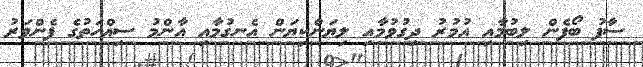
ސާފު ބޯފެން ލިބުމާއި އުމުރު ދިގުވުމާއި ލިޔަންކިޔަން އެނގުމާއި އާންމު ސިއްހަތުގެ ފެންވަރު